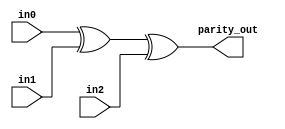
`timescale 1ns / 1ps

module parity_generator(
    input wire in0,  // Input 0
    input wire in1,  // Input 1
    input wire in2,  // Input 2
    output wire parity_out  // Parity output
);

assign parity_out = in0 ^ in1 ^ in2;

endmodule